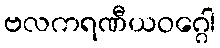
ဗလကရဏီယဝဂ္ဂေါ